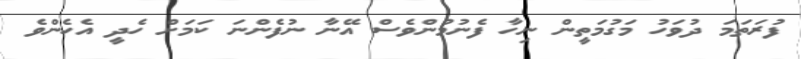
ފުރަތަމަ ދުވަހު މަގުމަތީން ނިހާ ފެނުމުންވެސް އޭނާ ނުފެންނަ ކަމަށް ހެދީ އެހެންވެ